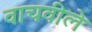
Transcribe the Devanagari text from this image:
वाचवीले